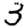
Digit: 3